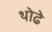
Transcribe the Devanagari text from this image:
थोढे